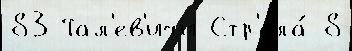
83 Тал'ев'ичи Стр'ела́ 8